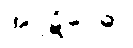
အပ္ပဋိဝေဓာ